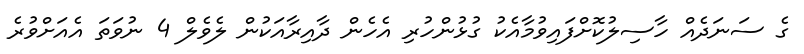
ގެ ސަނަދެއް ހާސިލުކޮށްފައިވުމާއެކު ގުޅުންހުރި އެހެން ދާއިރާއަކުން ލެވެލް 4 ނުވަތަ އެއަށްވުރެ